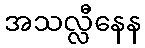
အသလ္လီနေန